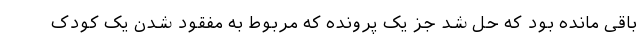
باقی مانده بود که حل شد جز یک پرونده که مربوط به مفقود شدن یک کودک